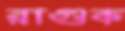
রাগুক